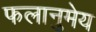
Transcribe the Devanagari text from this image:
फलानुमेय